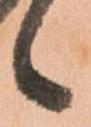
候